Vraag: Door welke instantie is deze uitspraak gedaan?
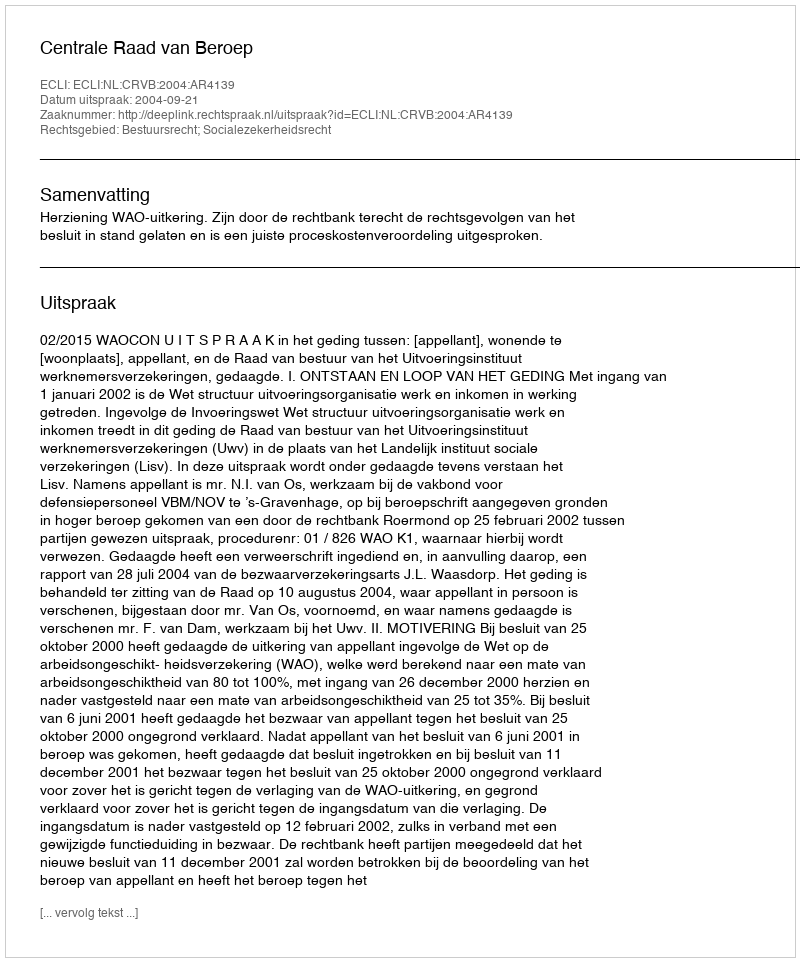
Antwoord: Centrale Raad van Beroep